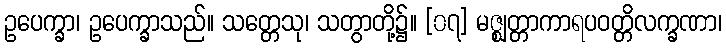
ဥပေက္ခာ၊ ဥပေက္ခာသည်။ သတ္တေသု၊ သတွာတို့၌။ [၀၇] မဇ္ဈတ္တာကာရပဝတ္တိလက္ခဏာ၊